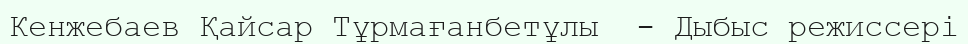
Кенжебаев Қайсар Тұрмағанбетұлы  - Дыбыс режиссері